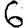
Digit: 6